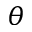
\theta